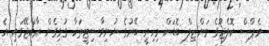
މެޕްސް ކޮލެޖުގެ މަންޒިލް ބޮޑަށް މިހިރީ ބޭރުގެ ޔުނިވާސިޓީތަކާ ގުޅިގެން ރާއްޖޭގައި އެ